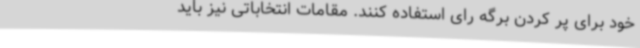
خود برای پر کردن برگه رای استفاده کنند. مقامات انتخاباتی نیز باید